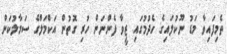
ތެމިފައިވާ މަޑު ނޫކުލައިގެ ހެދުމުގައި ޒީވާ ފެންނަން ހުރި ގޮތުން އަކްމަލްގެ ސަމާލުކަން